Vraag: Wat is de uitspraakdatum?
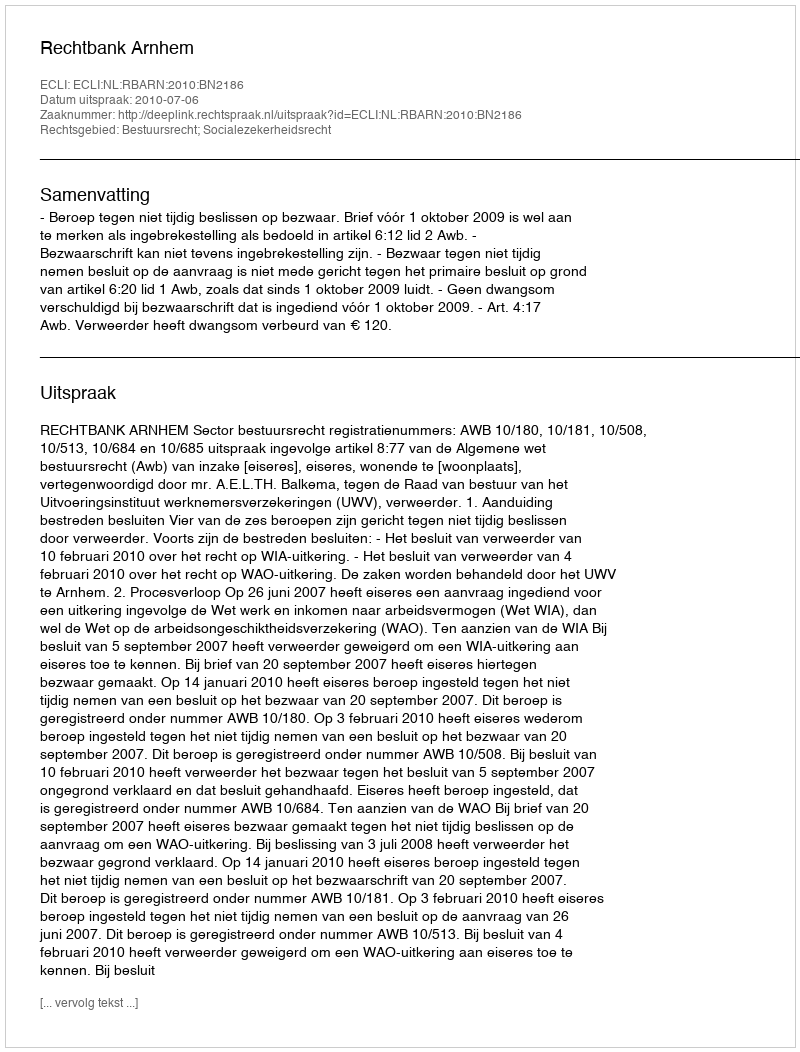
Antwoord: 2010-07-06